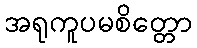
အရုကူပမစိတ္တော